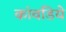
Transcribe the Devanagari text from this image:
कांवडिये